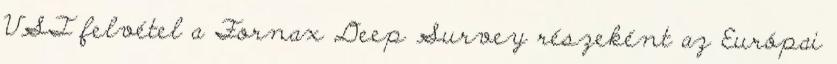
VST felvétel a Fornax Deep Survey részeként az Európai